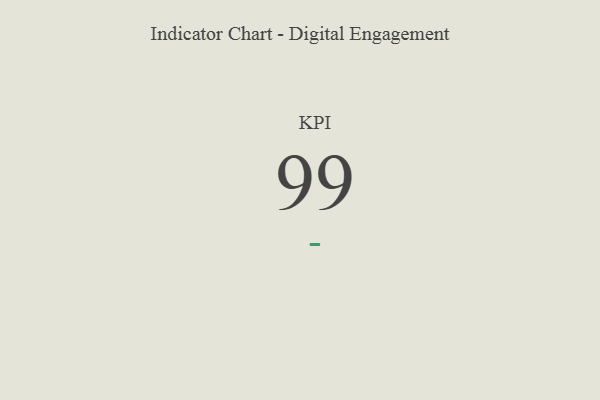
{"axis": {"x": "KPI", "y": "Value"}, "legend": [""], "data": [{"x": "KPI", "y": 99, "type": ""}]}